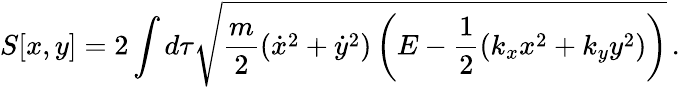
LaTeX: S[x,y]=2\int d\tau\sqrt{\frac{m}{2}\left(\dot{x}^{2}+\dot{y}^{2}\right)\left(E-\frac{1}{2}(k_{x}x^{2}+k_{y}y^{2})\right)}\, .